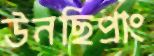
উনছিপ্রাং